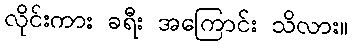
လိုင်းကား ခရီး အကြောင်း သိလား။